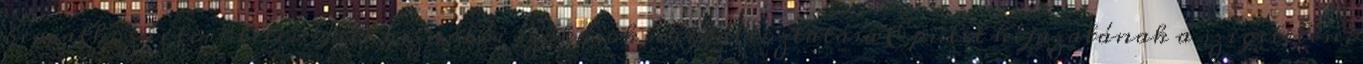
beavatkozás területei: Felhasználói szokások megváltoztatása Épület héjazatának a szigetelése,